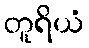
တူရိယံ